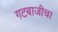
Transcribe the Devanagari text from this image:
गटबाजीचा